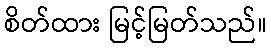
စိတ်ထား မြင့်မြတ်သည်။